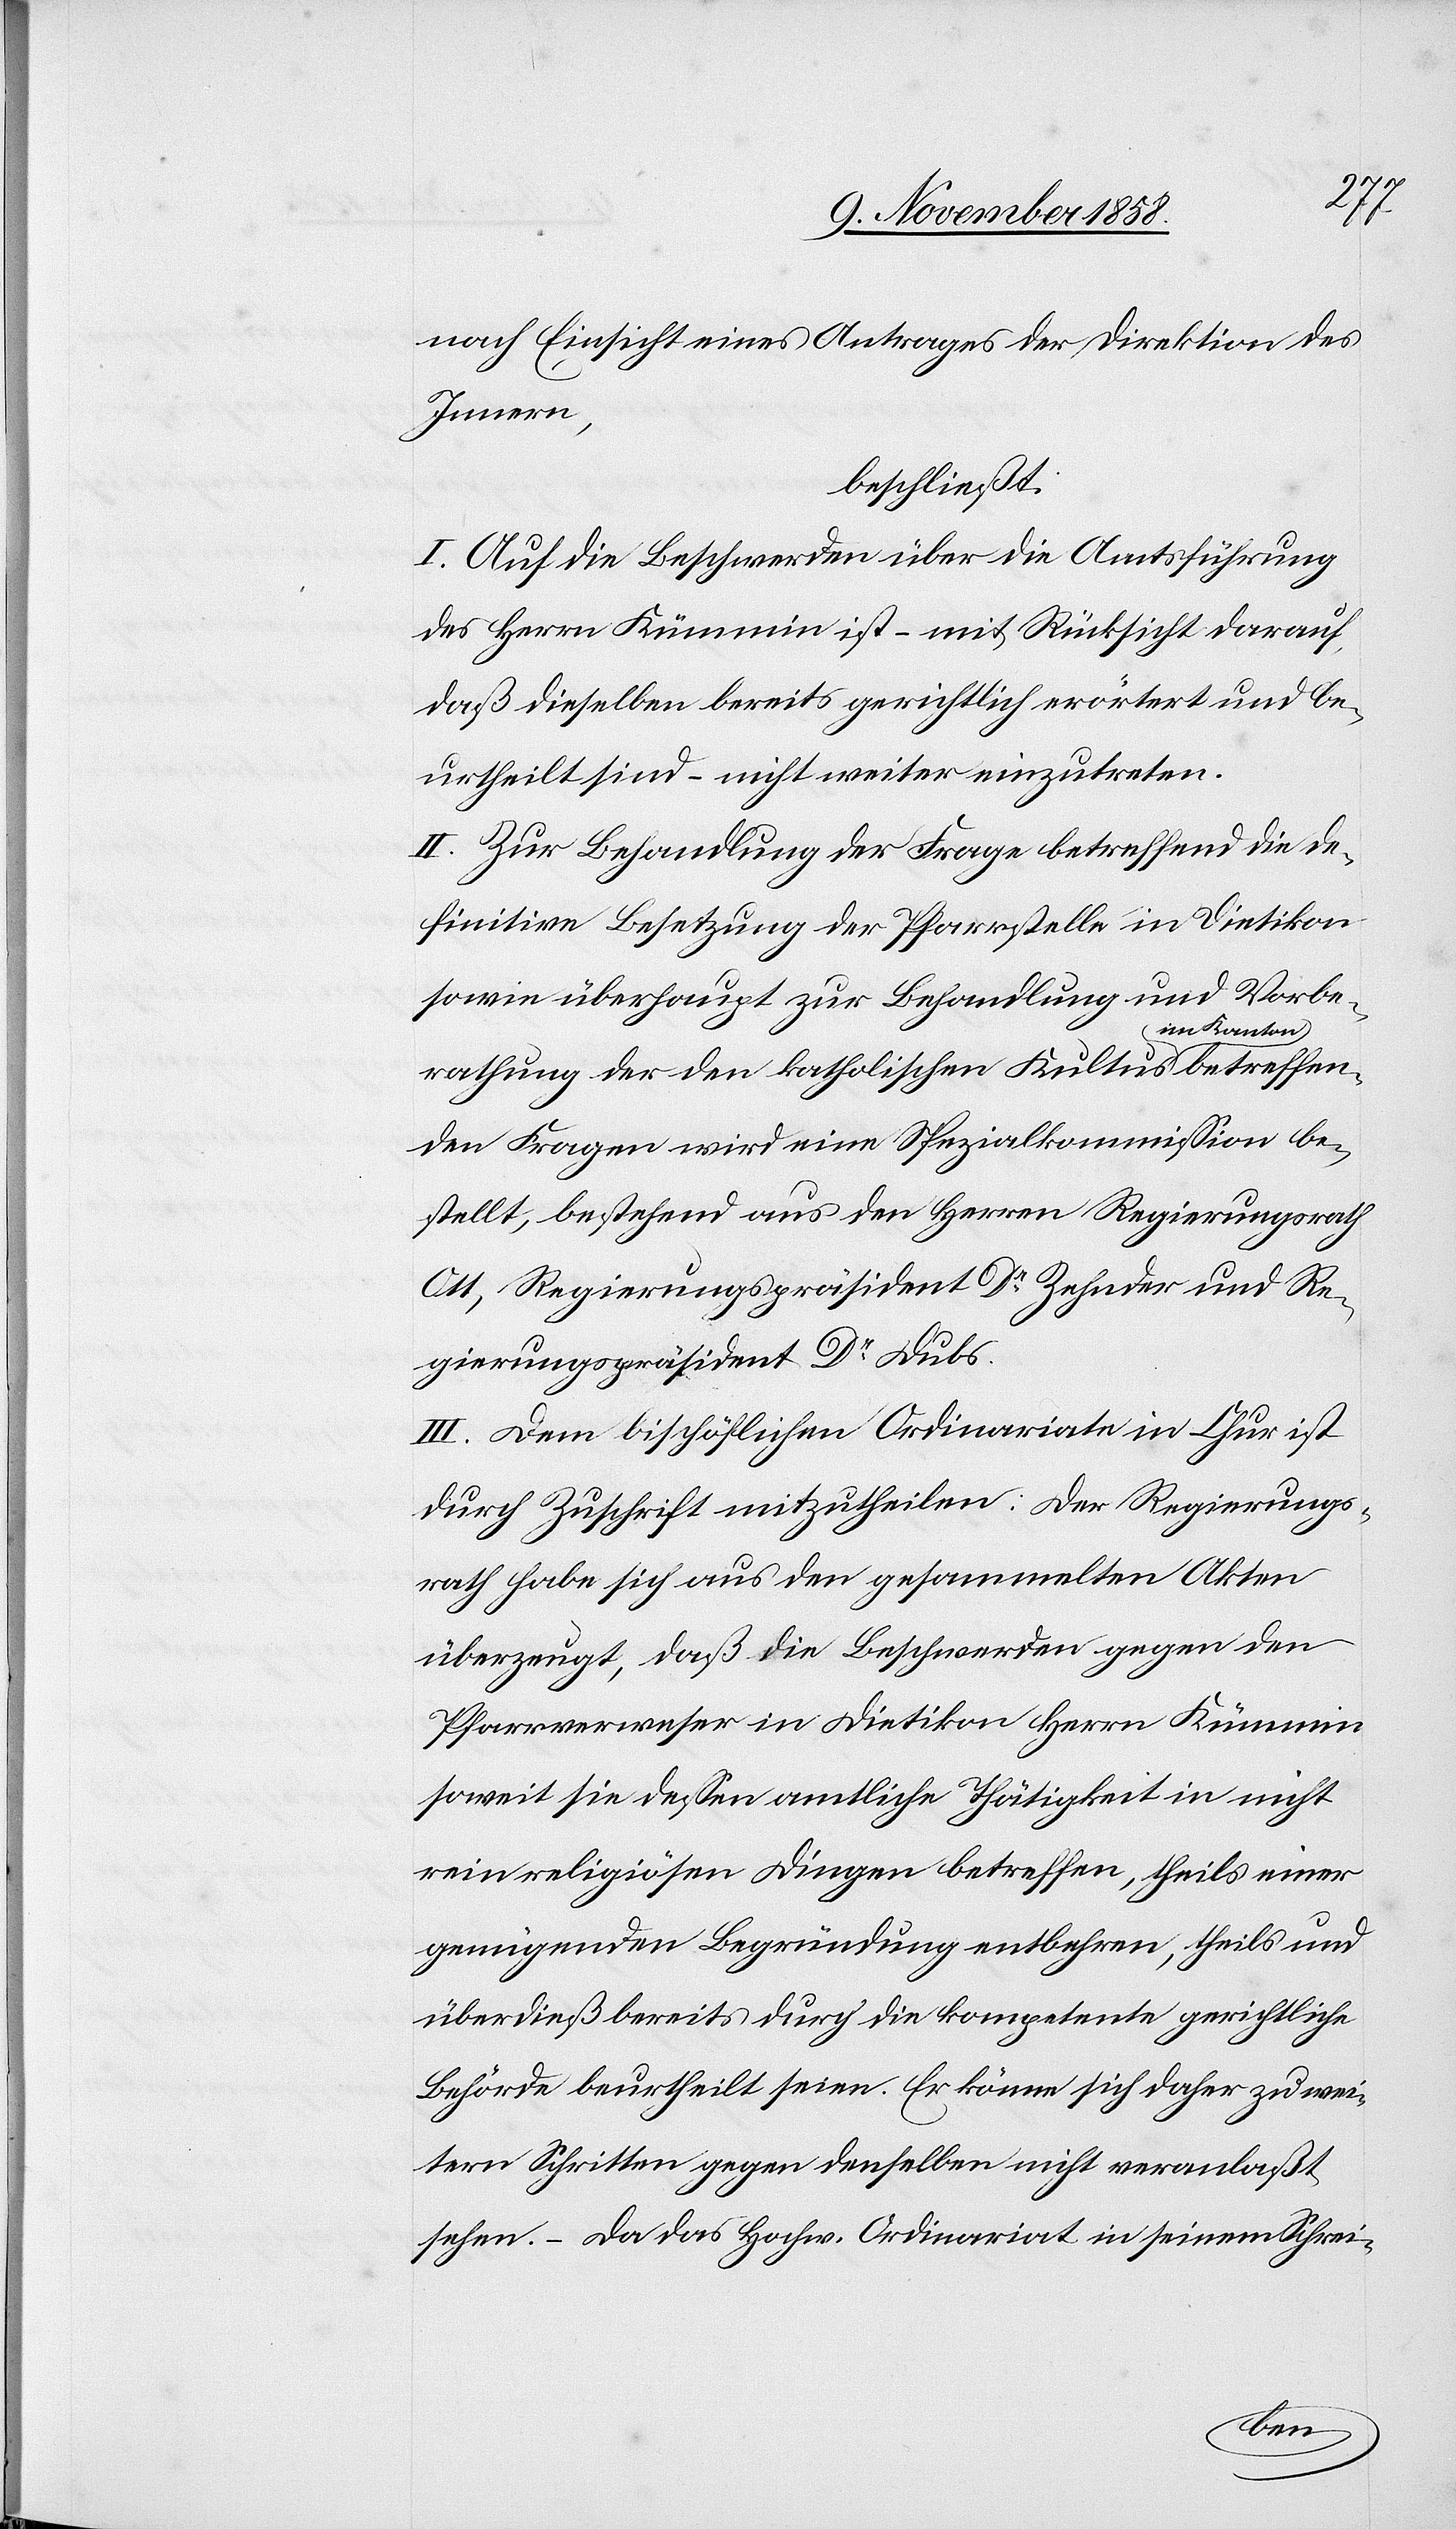
nach Einsicht eines Antrages der Direktion des
Innern,
beschließt:
I. Auf die Beschwerden über die Amtsführung
des Herrn Kümmin ist – mit Rücksicht darauf,
daß dieselben bereits gerichtlich erörtert und be¬
urtheilt sind – nicht weiter einzutreten.
II. Zur Behandlung der Frage betreffend die de¬
finitive Besetzung der Pfarrstelle in Dietikon
sowie überhaupt zur Behandlung und Vorbe¬
rathung der den katholischen Kultus im Kanton betreffen¬
den Fragen wird eine Spezialkommission be¬
stellt, bestehend aus den Herren Regierungsrath
Ott, Regierungspräsident Dr Zehnder und Re¬
gierungspräsident Dr Dubs.
III. Dem bischöflichen Ordinariate in Chur ist
durch Zuschrift mitzutheilen: Der Regierungs¬
rath habe sich aus den gesammelten Akten
überzeugt, daß die Beschwerden gegen den
Pfarrverweser in Dietikon Herrn Kümmin
soweit sie dessen amtliche Thätigkeit in nicht
rein religiösen Dingen betreffen, theils einer
genügenden Begründung entbehren, theils und
überdieß bereits durch die kompetente gerichtliche
Behörde beurtheilt seien. Er könne sich daher zu wei¬
tern Schritten gegen denselben nicht veranlaßt
sehen. – Da das Hochw. Ordinariat in seinem Schrei-